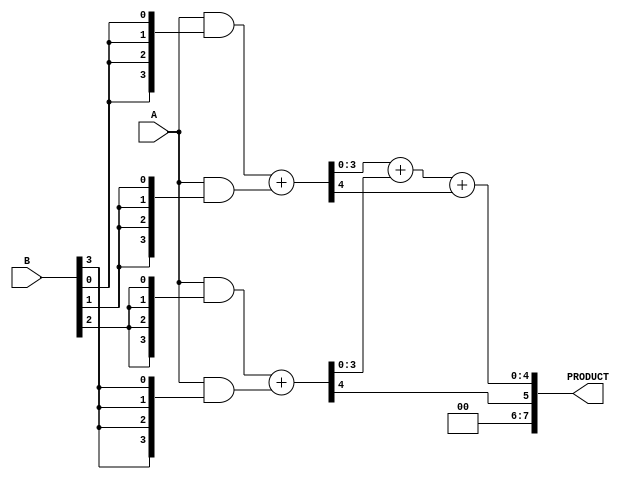
module wallace_tree_multiplier (
    input [3:0] A,           // 4-bit input A
    input [3:0] B,           // 4-bit input B
    output reg [7:0] PRODUCT  // 8-bit output for the product
);

    wire [3:0] pp[3:0];     // Partial products
    wire [7:0] sum1, sum2;  // Sums for partial results
    wire [3:0] carry;       // Carry bits for the addition

    // Generate partial products
    generate
        genvar i;
        for (i = 0; i < 4; i = i + 1) begin: partial_product
            assign pp[i] = A & {4{B[i]}}; // AND operation to generate partial products
        end
    endgenerate

    // Stage 1: Sum of partial products
    wire [3:0] p0, p1, p2, p3;

    assign p0 = pp[0];                // First partial product
    assign p1 = pp[1];                // Second partial product
    assign p2 = pp[2];                // Third partial product
    assign p3 = pp[3];                // Fourth partial product

    // First stage reduction using carry and sum
    wire [3:0] s1, s2;
    assign {carry[0], s1} = p0 + p1;  // Add first two partial products, generate carry
    assign {carry[1], s2} = p2 + p3;  // Add last two partial products, generate carry

    // Stage 2: Combine the results from stage 1
    wire [4:0] s_final;
    assign {carry[2], s_final} = {1'b0, s1} + {1'b0, s2} + carry[0]; // Final addition

    // Final product assignment
    always @(*) begin
        PRODUCT = {carry[1], s_final}; // Assign final product
    end

endmodule